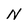
Character: N